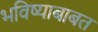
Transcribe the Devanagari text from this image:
भविष्याबाबत